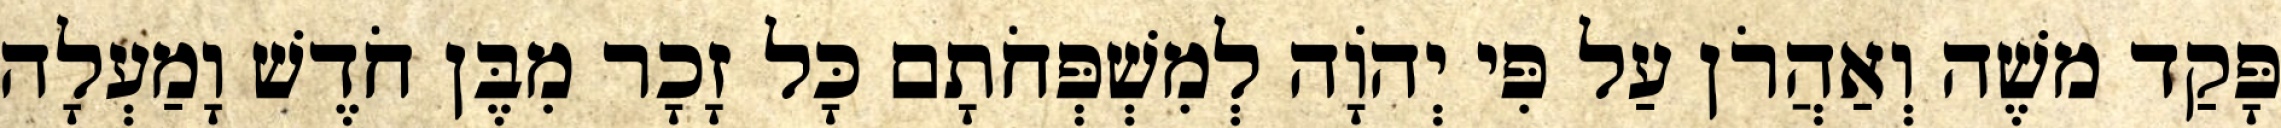
פָּקַד משֶׁה וְאַהֲרֹן עַל פִּי יְהוָֹה לְמִשְׁפְּחֹתָם כָּל זָכָר מִבֶּן חֹדֶשׁ וָמַעְלָה